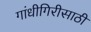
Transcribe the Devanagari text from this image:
गांधीगिरीसाठी